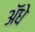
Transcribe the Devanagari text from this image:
ॲधे